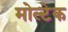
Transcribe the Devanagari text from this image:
मोल्टेक